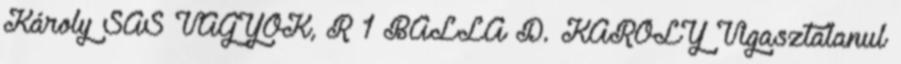
Károly SAS VAGYOK, R 1 BALLA D. KÁROLY Vigasztalanul